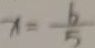
x = \frac { b } { 5 }